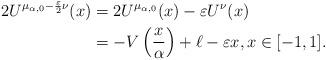
LaTeX: \begin{align*} 2 U^{\mu_{\alpha,0} - \frac{\varepsilon}{2} \nu}(x)& = 2 U^{\mu_{\alpha,0}}(x) - \varepsilon U^{\nu}(x) \\& = - V\left(\frac{x}{\alpha}\right) + \ell - \varepsilon x, x \in [-1,1].\end{align*}